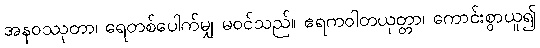
အနဝဿုတာ၊ ရေတစ်ပေါက်မျှ မဝင်သည်။ ဧရကဝါတယုတ္တာ၊ ကောင်းစွာယူ၍